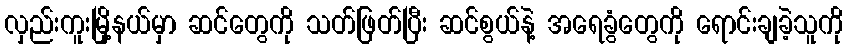
လှည်းကူးမြို့နယ်မှာ ဆင်တွေကို သတ်ဖြတ်ပြီး ဆင်စွယ်နဲ့ အရေခွံတွေကို ရောင်းချခဲ့သူကို